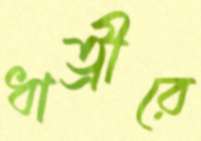
ধাত্রীরে